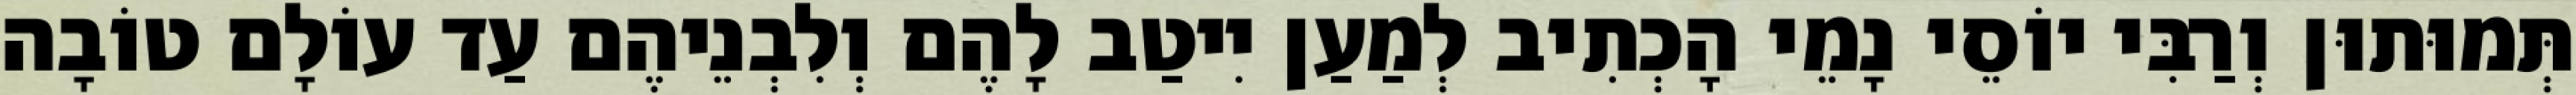
תְּמוּתוּן וְרַבִּי יוֹסֵי נָמֵי הָכְתִיב לְמַעַן יִיטַב לָהֶם וְלִבְנֵיהֶם עַד עוֹלָם טוֹבָה